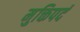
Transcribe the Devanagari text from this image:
मुक्तिपदं